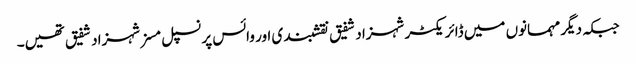
جبکہ دیگر مہمانوں میں ڈائریکٹر شہزاد شفیق نقشبندی اور وائس پرنسپل مسز شہزاد شفیق تھیں۔